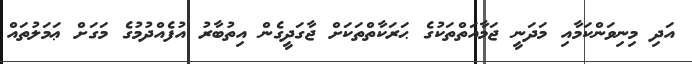
އަދި މިނިވަންކަމާއި މަދަނީ ޖަމާއަތްތަކުގެ ޙަރަކާތްތަކަށް ޖާގަދީގެން އިތުބާރު އުފެއްދުމުގެ މަގަށް ޢަމަލުތައް